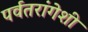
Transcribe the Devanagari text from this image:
पर्वतरांगेशी